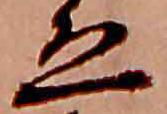
ゑ